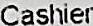
CASHIER